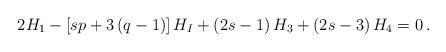
LaTeX: \begin{align*}2H_1-\left[sp+3\left(q-1\right)\right]H_I+\left(2s-1\right)H_3+\left(2s-3\right) H_4=0\,.\end{align*}